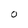
Character: O